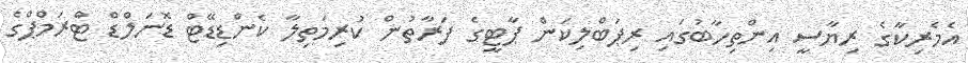
އެމެރިކާގެ ރިޔާސީ އިންތިހާބުގައި ރިޕަބްލިކަން ޕާޓީގެ ފަރާތުން ކުރިމަތިލާ ކެންޑިޑޭޓް ޑޮނަލްޑް ޓްރަމްޕްގެ